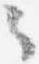
々